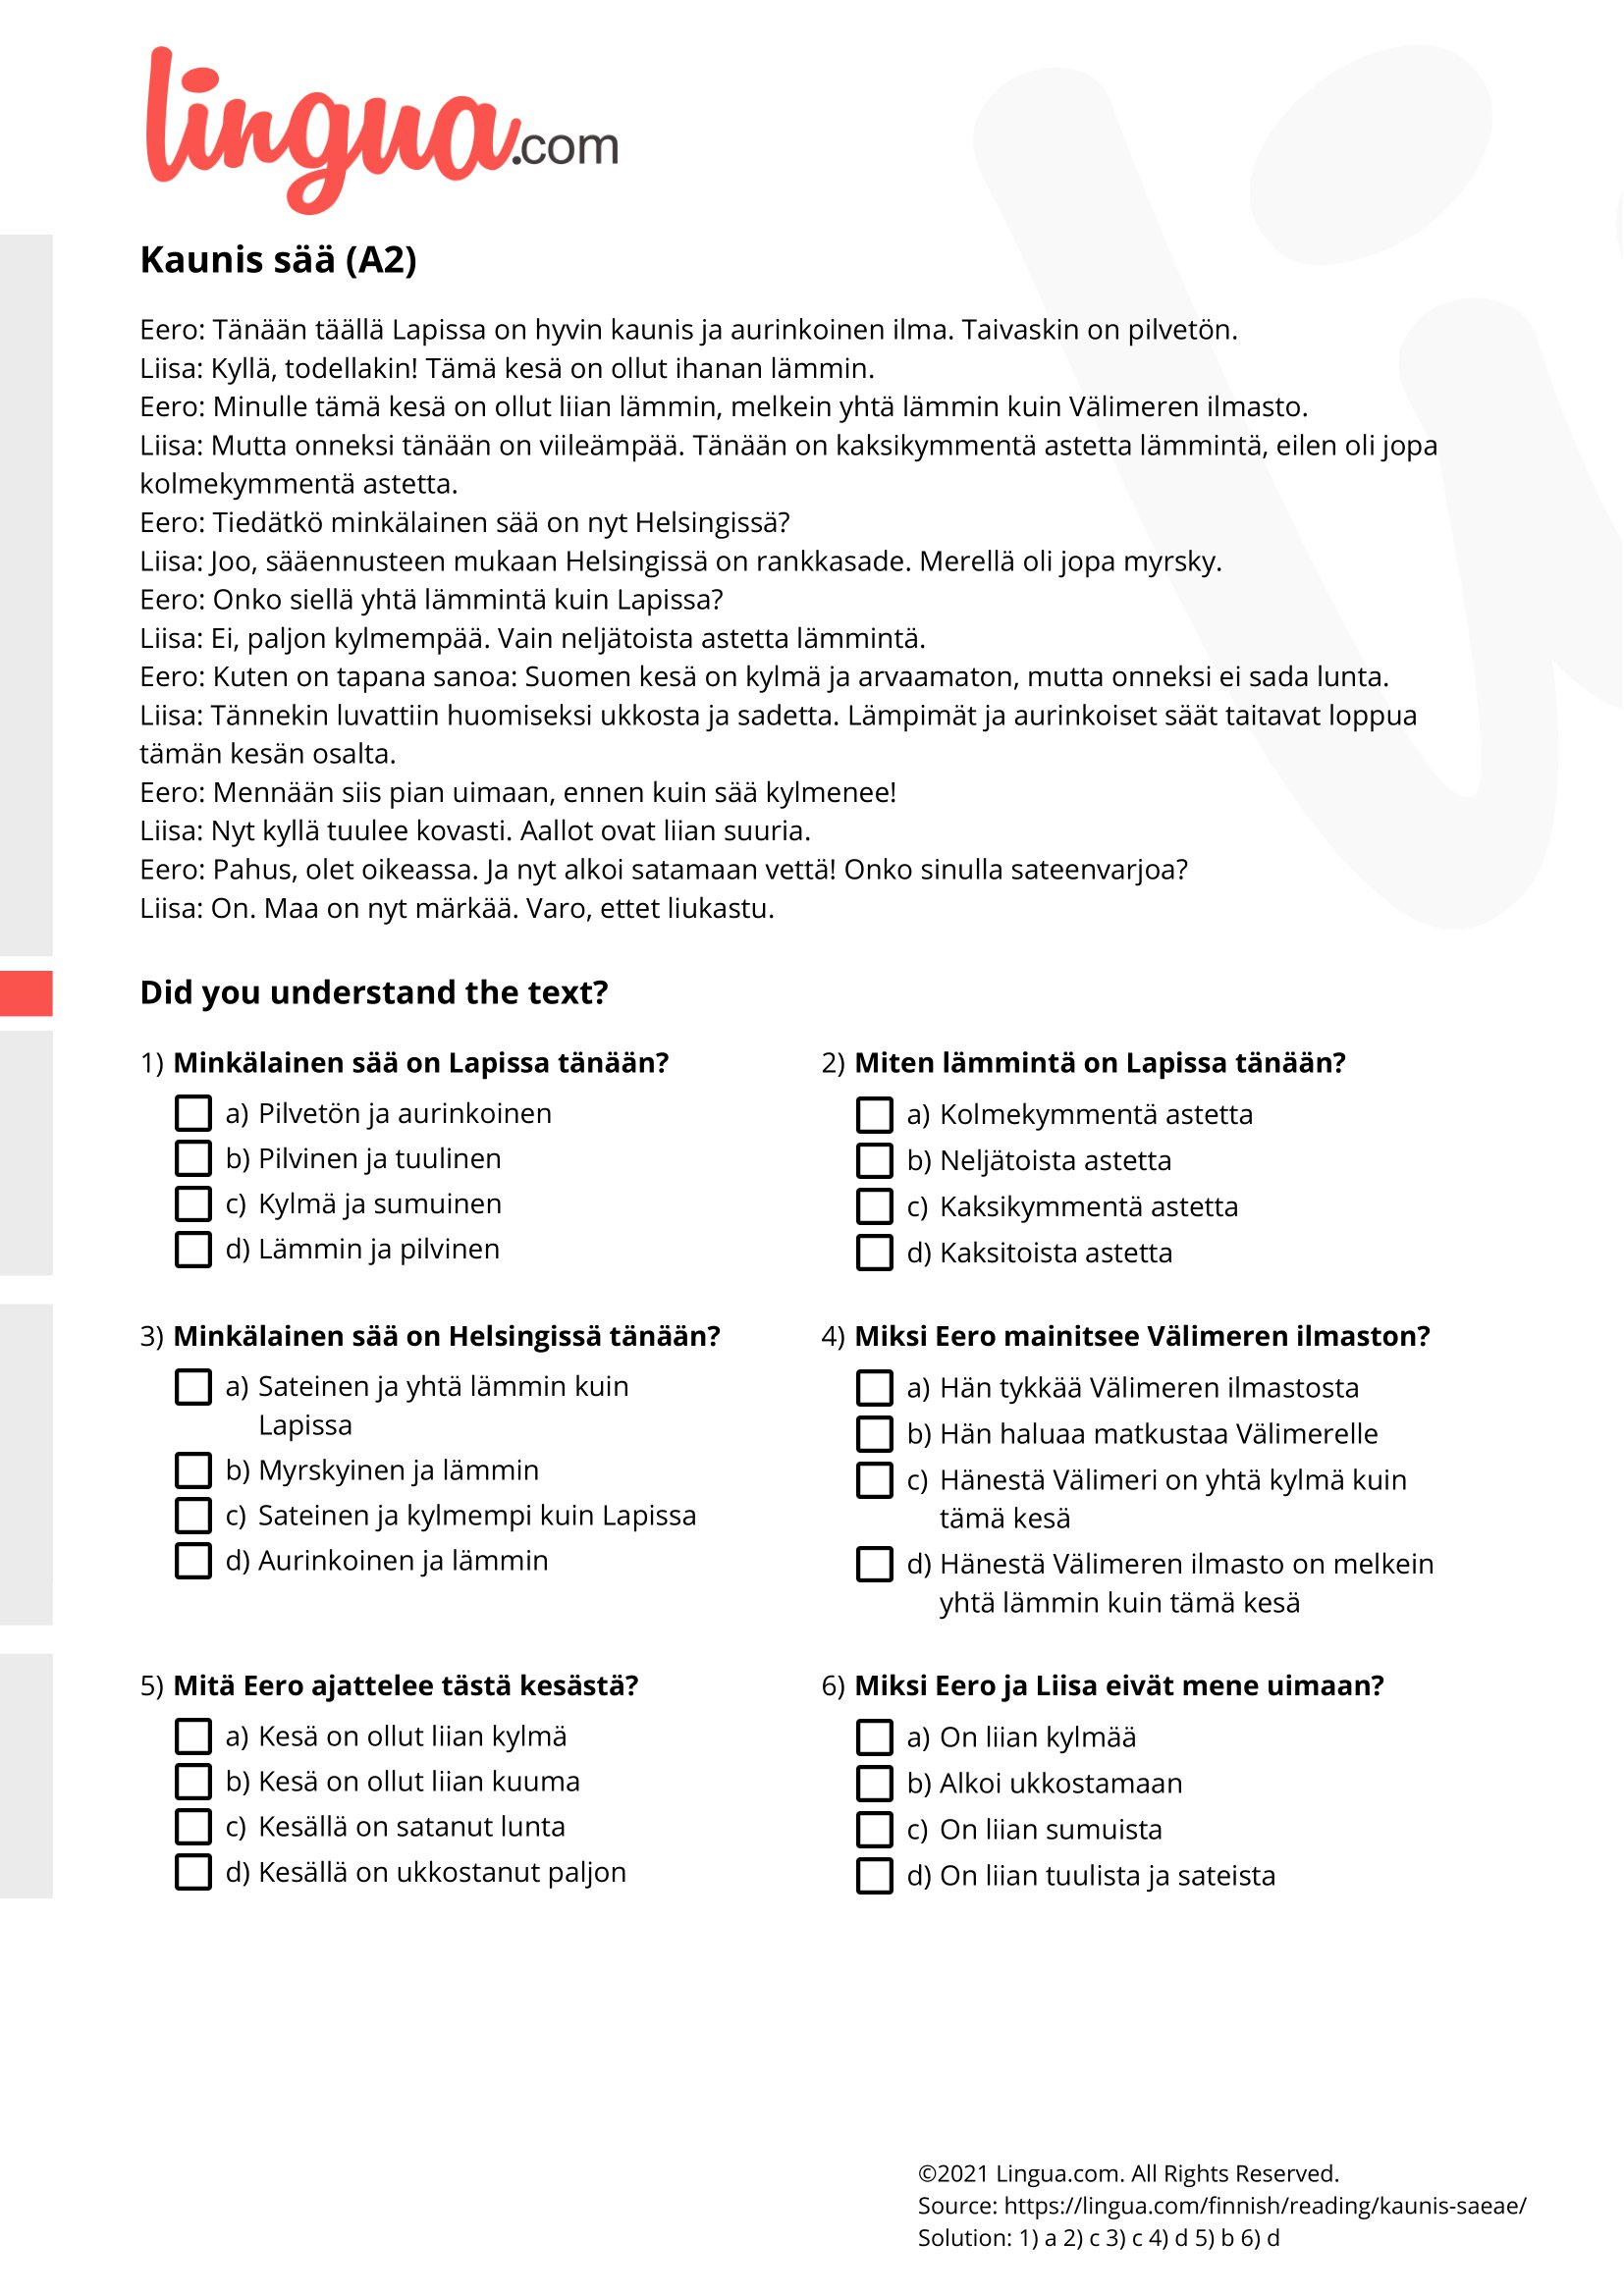
Language: fn